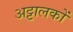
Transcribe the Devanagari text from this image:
अट्टालकों